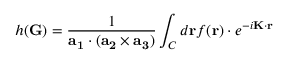
h ( \mathbf { G } ) = { \frac { 1 } { \mathbf { a _ { 1 } } \cdot ( \mathbf { a _ { 2 } } \times \mathbf { a _ { 3 } } ) } } \int _ { C } d \mathbf { r } f ( \mathbf { r } ) \cdot e ^ { - i \mathbf { K } \cdot \mathbf { r } }